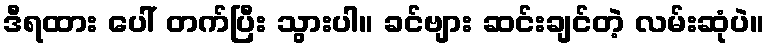
ဒီရထား ပေါ် တက်ပြီး သွားပါ။ ခင်ဗျား ဆင်းချင်တဲ့ လမ်းဆုံပဲ။